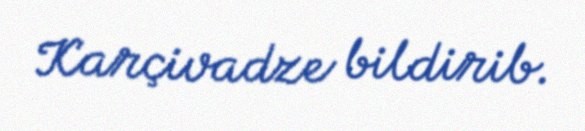
Karçivadze bildirib.